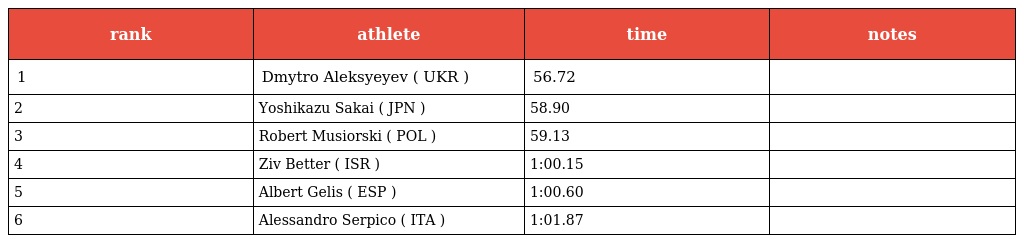
| rank | athlete | time | notes |
 | --- | --- | --- | --- |
 | 1 | Dmytro Aleksyeyev ( UKR ) | 56.72 |  |
 | 2 | Yoshikazu Sakai ( JPN ) | 58.90 |  |
 | 3 | Robert Musiorski ( POL ) | 59.13 |  |
 | 4 | Ziv Better ( ISR ) | 1:00.15 |  |
 | 5 | Albert Gelis ( ESP ) | 1:00.60 |  |
 | 6 | Alessandro Serpico ( ITA ) | 1:01.87 |  |